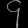
Digit: ၄